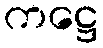
ကဋ္ဌေ